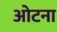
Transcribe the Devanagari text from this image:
ओटना